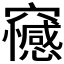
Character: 𥩇